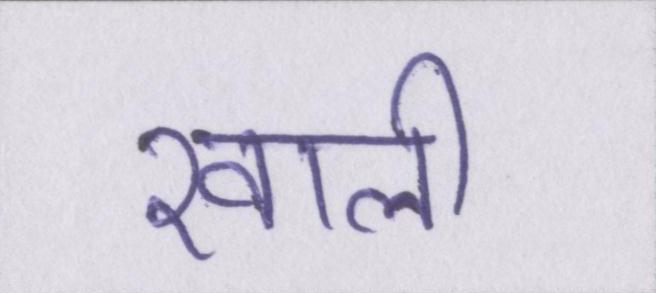
खाली